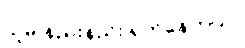
သူမ နည်းနည်း ရှက်နေတယ်။